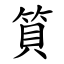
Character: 筫